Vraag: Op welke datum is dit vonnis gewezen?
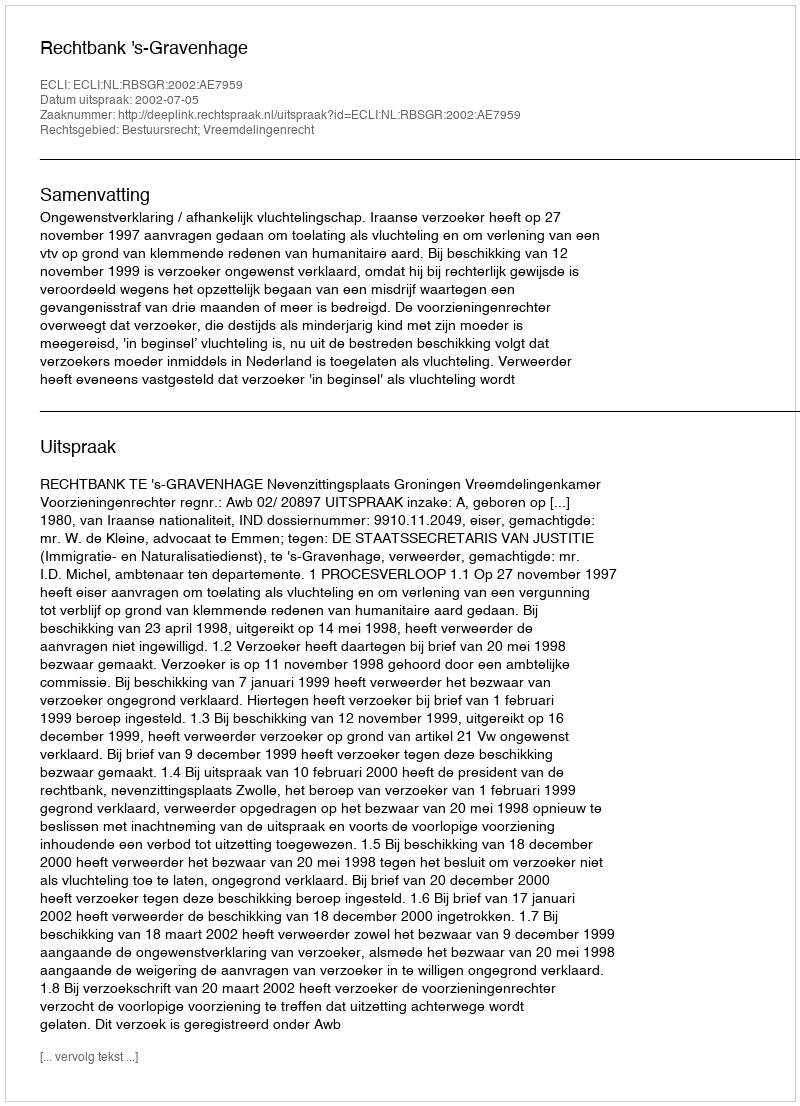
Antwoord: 2002-07-05